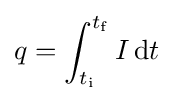
q=\int _{t_{\mathrm {i} }}^{t_{\mathrm {f} }}I\,\mathrm {d} t